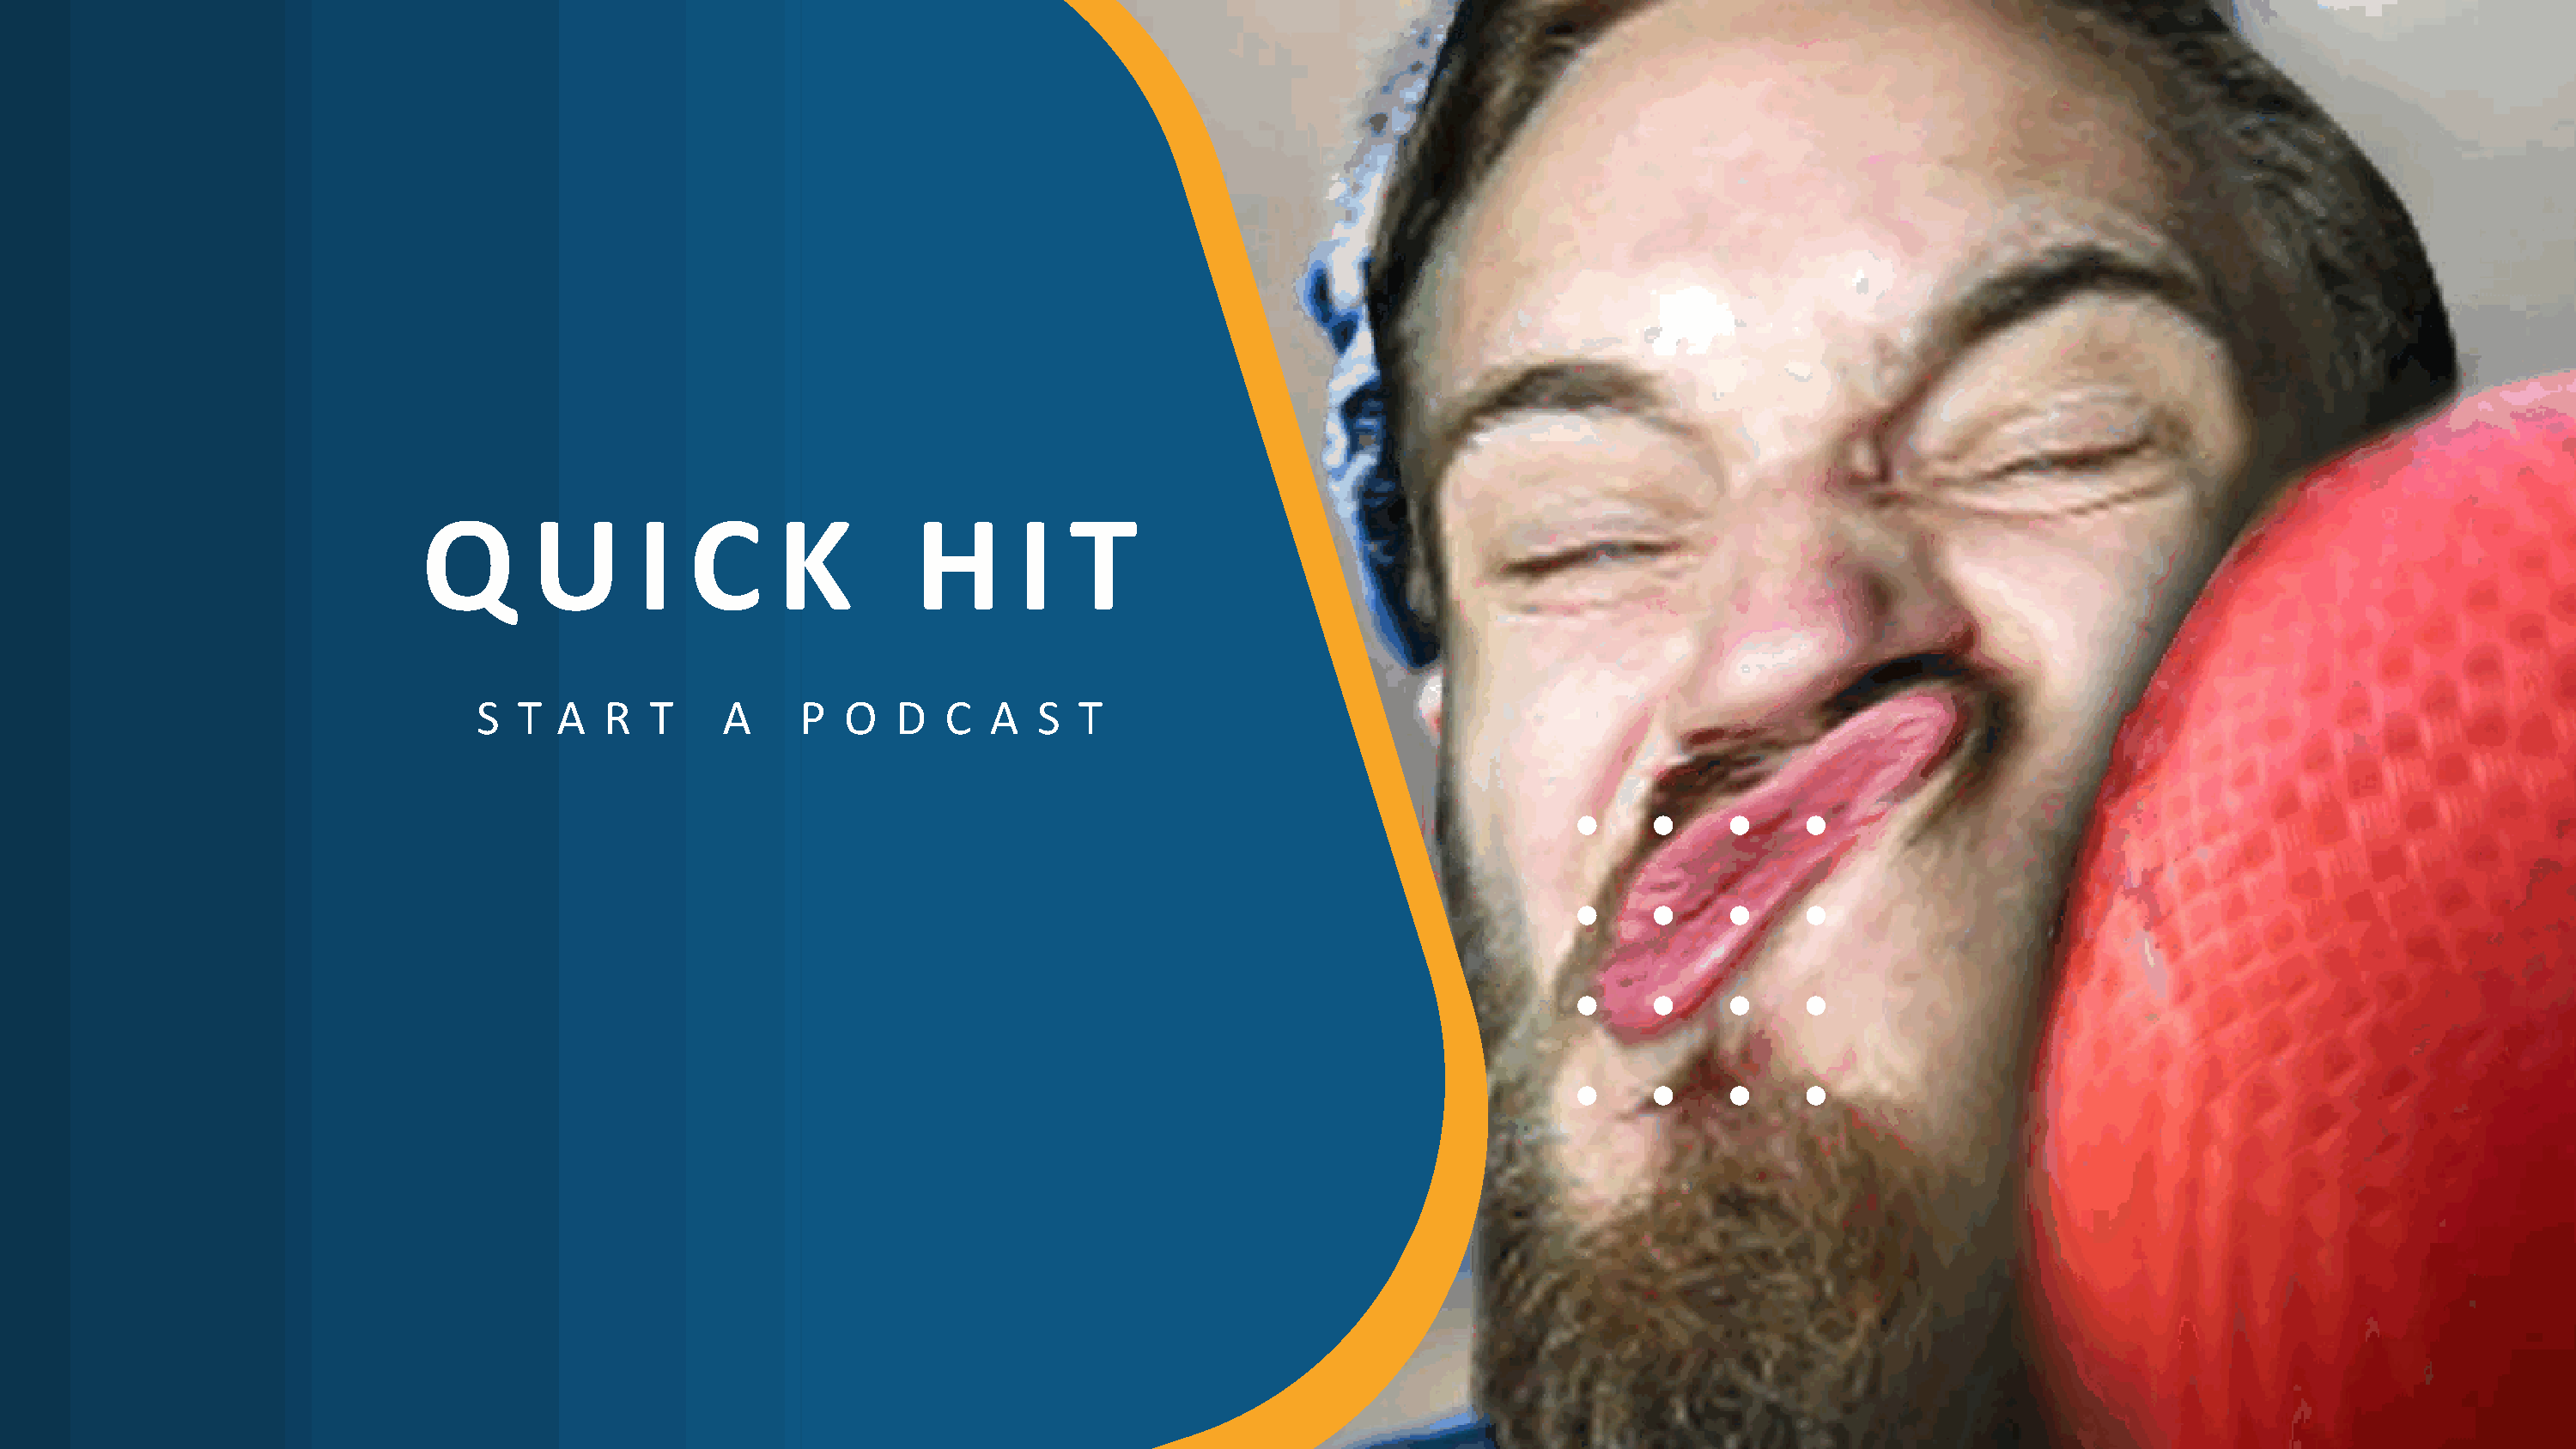
Q        U       I   C      K          H      I   T
 S  T  A   R  T     A     P  O   D   C  A   S  T